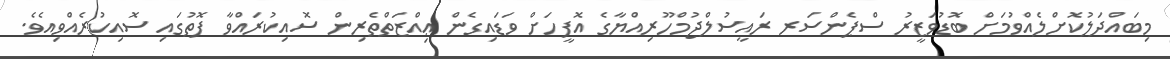
މިބައްދަލުކޮށްލެއްވުމަށް ބޮޑުވަޒީރު ސްޕެންސަރ ރައީސުލްޖުމްހޫރިއްޔާގެ އޮފީހަށް ވަޑައިގެން ޢިއްޒަތްތެރިން ސޮއިކުރައްވާ ފޮތުގައި ސޮއިކުރެއްވިއެވެ.